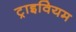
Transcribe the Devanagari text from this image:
ट्राइवियम